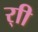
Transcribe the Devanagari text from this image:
र्‍ाी